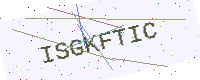
Text: ISGKFTIC